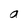
Character: a